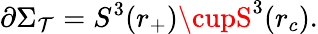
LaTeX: \partial\Sigma_{\mathcal{T}}=S^{3}(r_{+})\cupS^{3}(r_{c}).